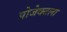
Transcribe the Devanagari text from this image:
प्रोजेक्टला